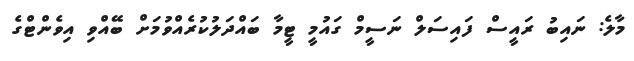
މާލެ: ނައިބު ރައީސް ފައިސަލް ނަސީމް ގައުމީ ޓީމާ ބައްދަލުކުރެއްވުމަށް ބޭއްވި އިވެންޓްގެ